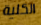
الكلية